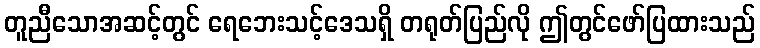
တူညီသောအဆင့်တွင် ရေဘေးသင့်ဒေသရှိ တရုတ်ပြည်လို ဤတွင်ဖော်ပြထားသည်